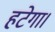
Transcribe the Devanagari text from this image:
हटेगा।